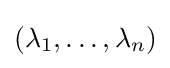
(\lambda _{1},\dots ,\lambda _{n})